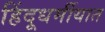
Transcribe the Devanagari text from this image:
हिंदूधर्मीयात